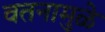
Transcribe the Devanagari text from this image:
वतनामुळे